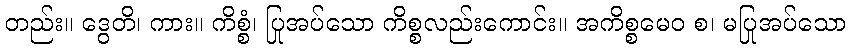
တည်း။ ဒွေတိ၊ ကား။ ကိစ္စံ၊ ပြုအပ်သော ကိစ္စလည်းကောင်း။ အကိစ္စမေဝ စ၊ မပြုအပ်သော